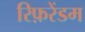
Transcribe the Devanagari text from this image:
रिफ़रेंडम